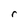
Character: r